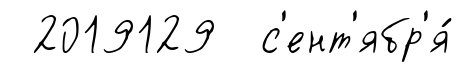
2019129 с'ент'ябр'я́